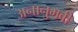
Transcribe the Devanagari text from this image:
अनानुभवी